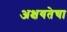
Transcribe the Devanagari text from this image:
अक्षयतेचा